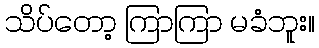
သိပ်တော့ ကြာကြာ မခံဘူး။